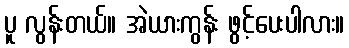
ပူ လွန်းတယ်။ အဲယားကွန်း ဖွင့်ပေးပါလား။